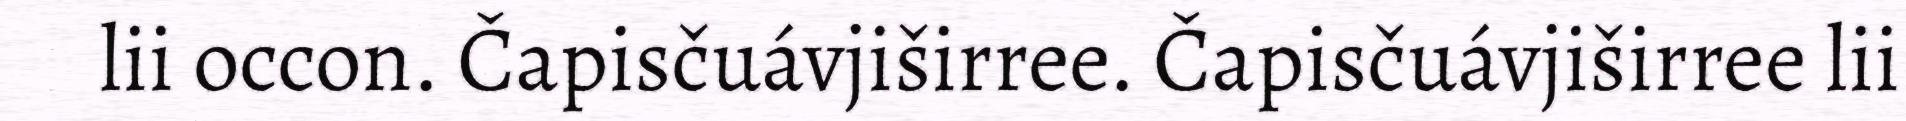
lii occon. Čapisčuávjiširree. Čapisčuávjiširree lii